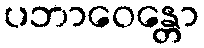
ပဘာဝေန္တော